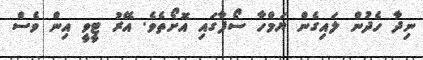
ނިދާ ހެދުން ލައިގެން ޔަމްހާ ސޯފާގައި އޮށޯތެވެ. އޭރު ޓީވީ އިން ވެސް